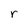
Character: r